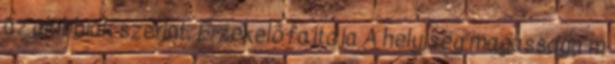
az alábbiak szerint. Érzékelõ fajtája A helyiség magassága m